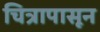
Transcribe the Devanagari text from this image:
चित्रापासून